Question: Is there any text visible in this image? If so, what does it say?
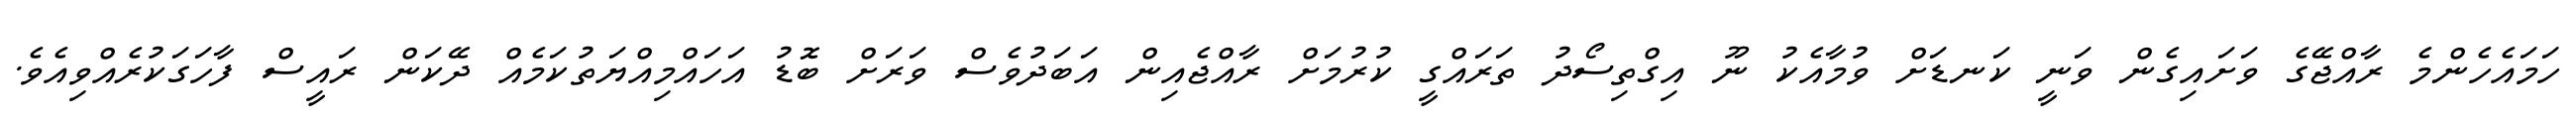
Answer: ހަމައެހެންމެ ރާއްޖޭގެ ވަށައިގެން ވަނީ ކަނޑަށް ވުމާއެކު ނޫ އިގްތިސޯދު ތަރައްގީ ކުރުމަށް ރާއްޖެއިން އަބަދުވެސް ވަރަށް ބޮޑު އަހައްމިއްޔަތުކަމެއް ދޭކަން ރައީސް ފާހަގަކުރެއްވިއެވެ.